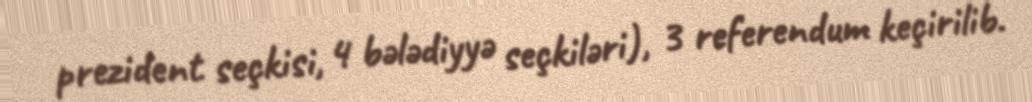
prezident seçkisi, 4 bələdiyyə seçkiləri), 3 referendum keçirilib.